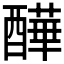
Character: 𨣄